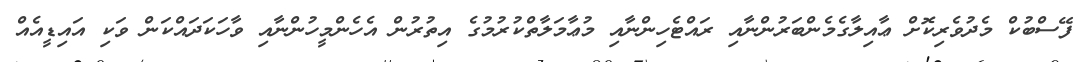
ފޭސްބުކް މެދުވެރިކޮށް ޢާއިލާގެމެންބަރުންނާއި ރައްޓެހިންނާއި މުޢާމަލާތްކުރުމުގެ އިތުރުން އެހެންމީހުންނާއި ވާހަކަދައްކަން ވަކި އައިޑީއެއް